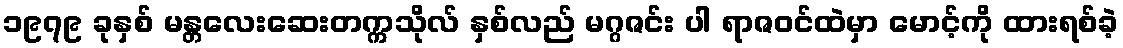
၁၉၇၉ ခုနှစ် မန္တလေးဆေးတက္ကသိုလ် နှစ်လည် မဂ္ဂဇင်း ပါ ရာဇဝင်ထဲမှာ မောင့်ကို ထားရစ်ခဲ့